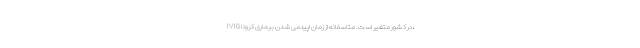
IVIG در کشور متغیر است. متاسفانه از زمان اپیدمی شدن بیماری کرونا،